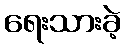
ရေးသားခဲ့